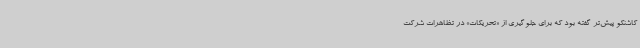
کاشنکو پیش‌تر گفته بود که برای جلوگیری از «تحریکات» در تظاهرات شرکت